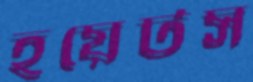
হয়েটস